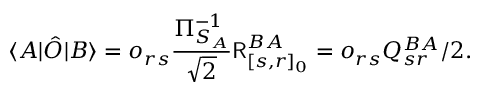
\langle A | \hat { O } | B \rangle = o _ { r s } \frac { \Pi _ { S _ { A } } ^ { - 1 } } { \sqrt { 2 } } \mathsf { R } _ { [ s , r ] _ { 0 } } ^ { B A } = o _ { r s } Q _ { s r } ^ { B A } / 2 .